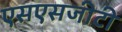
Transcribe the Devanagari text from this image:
एसएसजीटी